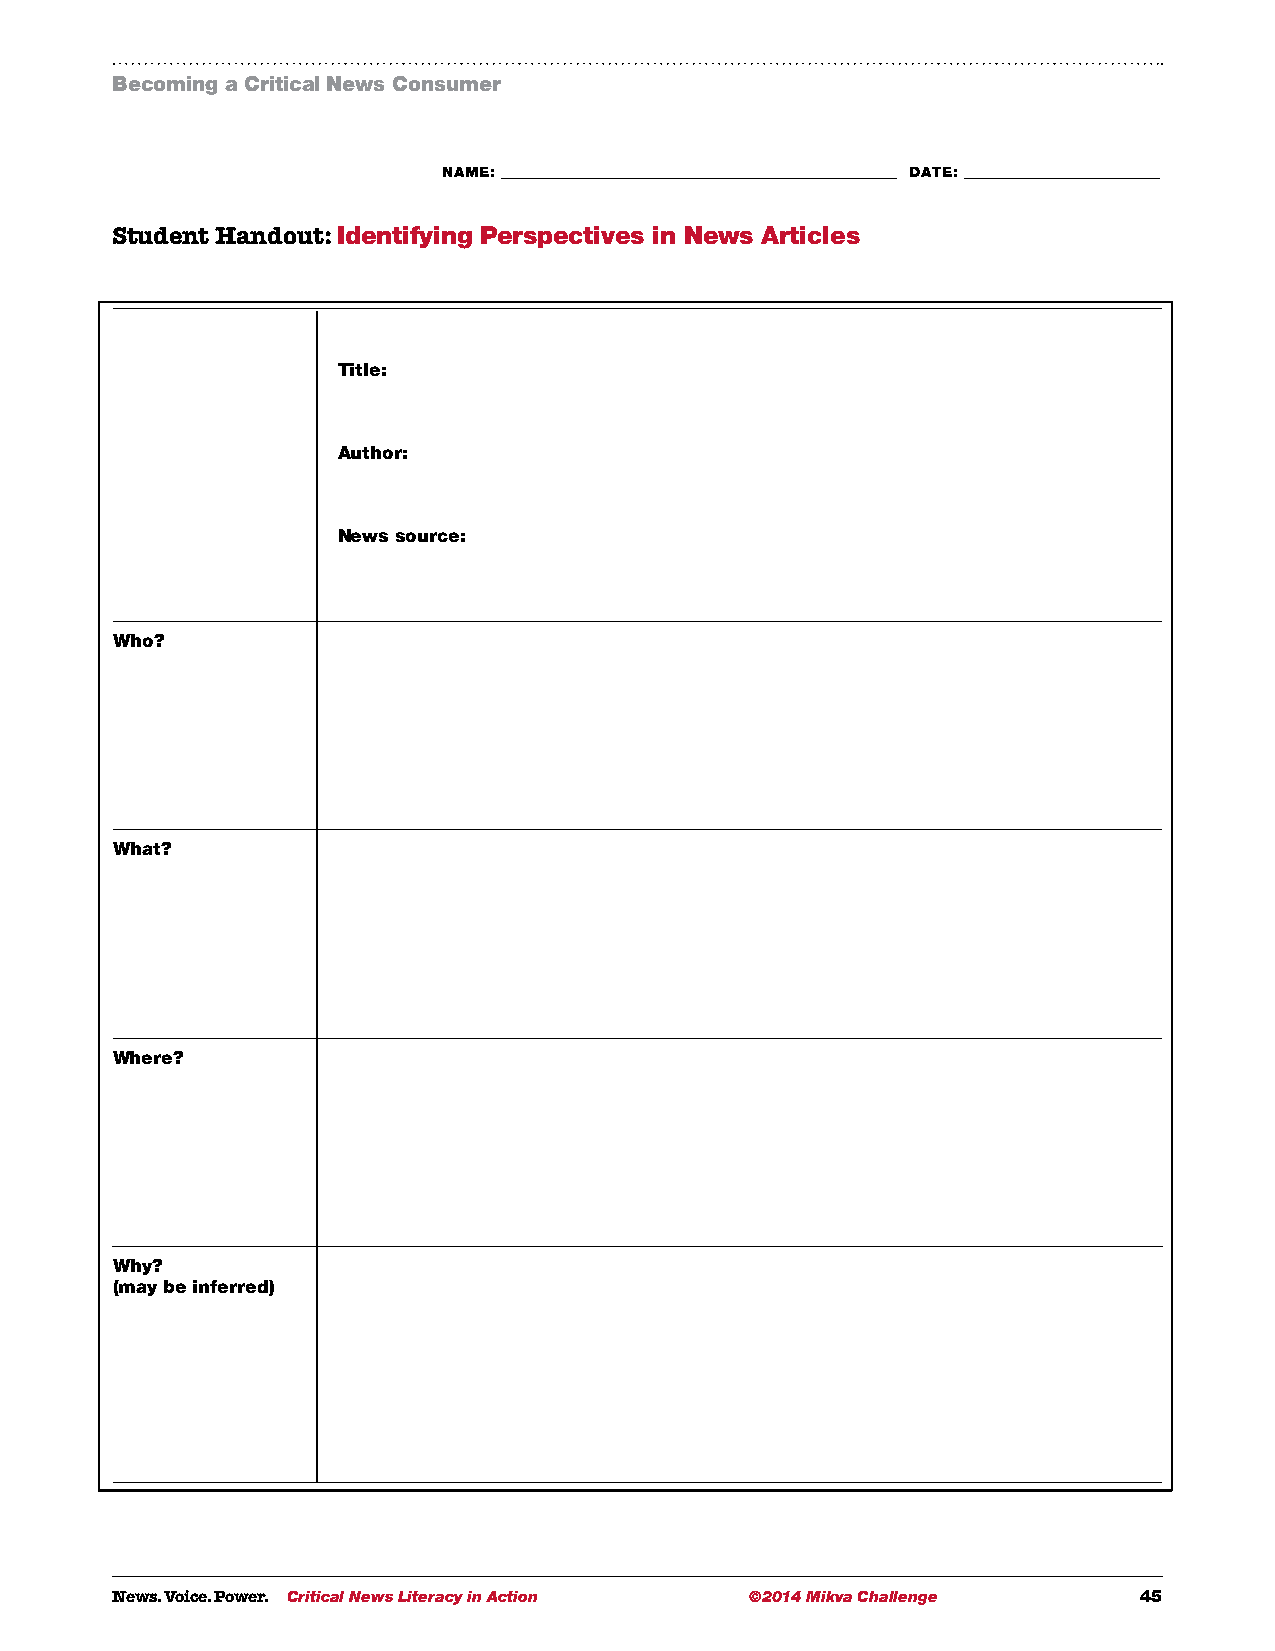
Becoming a Critical News Consumer
 NAME: ___________________________________________________________ DATE: _____________________________
 Student Handout: Identifying Perspectives in News Articles
 Title:
 Author:
 News source:
 Who?
 What?
 Where?
 Why?
 (may be inferred)
 News. Voice. Power. Critical News Literacy in Action ©2014 Mikva Challenge 45